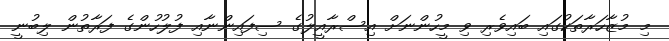
މި މުޒާހަރާތަކުގައި ބައިވެރި ވި މީހުންނަށް އިސްރާއީލުގެ ސިފައިންނާއި ފުލުހުންގެ ފަރާތުން ލިބުނީ